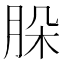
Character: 𦚩